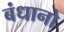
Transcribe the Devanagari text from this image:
बंधानो